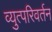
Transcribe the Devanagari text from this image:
व्युत्परिवर्तन